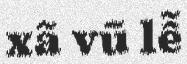
xã vũ lễ